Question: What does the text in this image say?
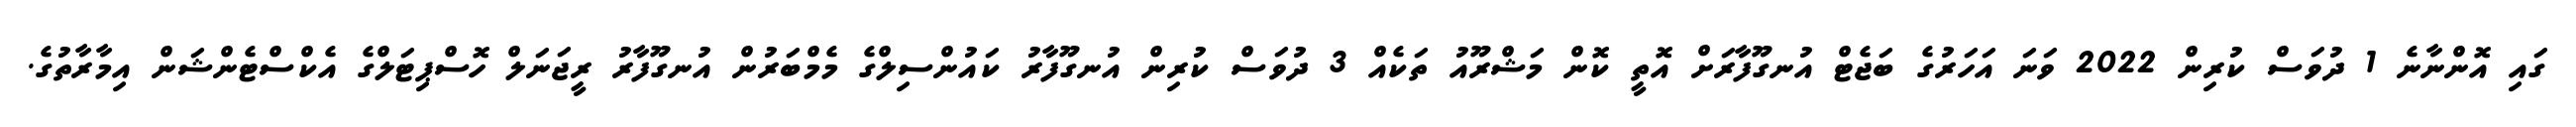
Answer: ގައި އޮންނާނެ 1 ދުވަސް ކުރިން 2022 ވަނަ އަހަރުގެ ބަޖެޓް އުނގޫފާރަށް އޮތީ ކޮން މަޝްރޫއު ތަކެއް 3 ދުވަސް ކުރިން އުނގޫފާރު ކައުންސިލްގެ މެމްބަރުން އުނގޫފާރު ރީޖަނަލް ހޮސްޕިޓަލްގެ އެކްސްޓެންޝަން އިމާރާތުގެ.